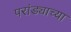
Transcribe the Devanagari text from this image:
परांड्याच्या